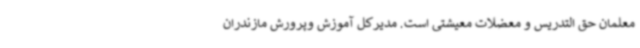
معلمان حق التدریس و معضلات معیشتی است. مدیرکل آموزش وپرورش مازندران